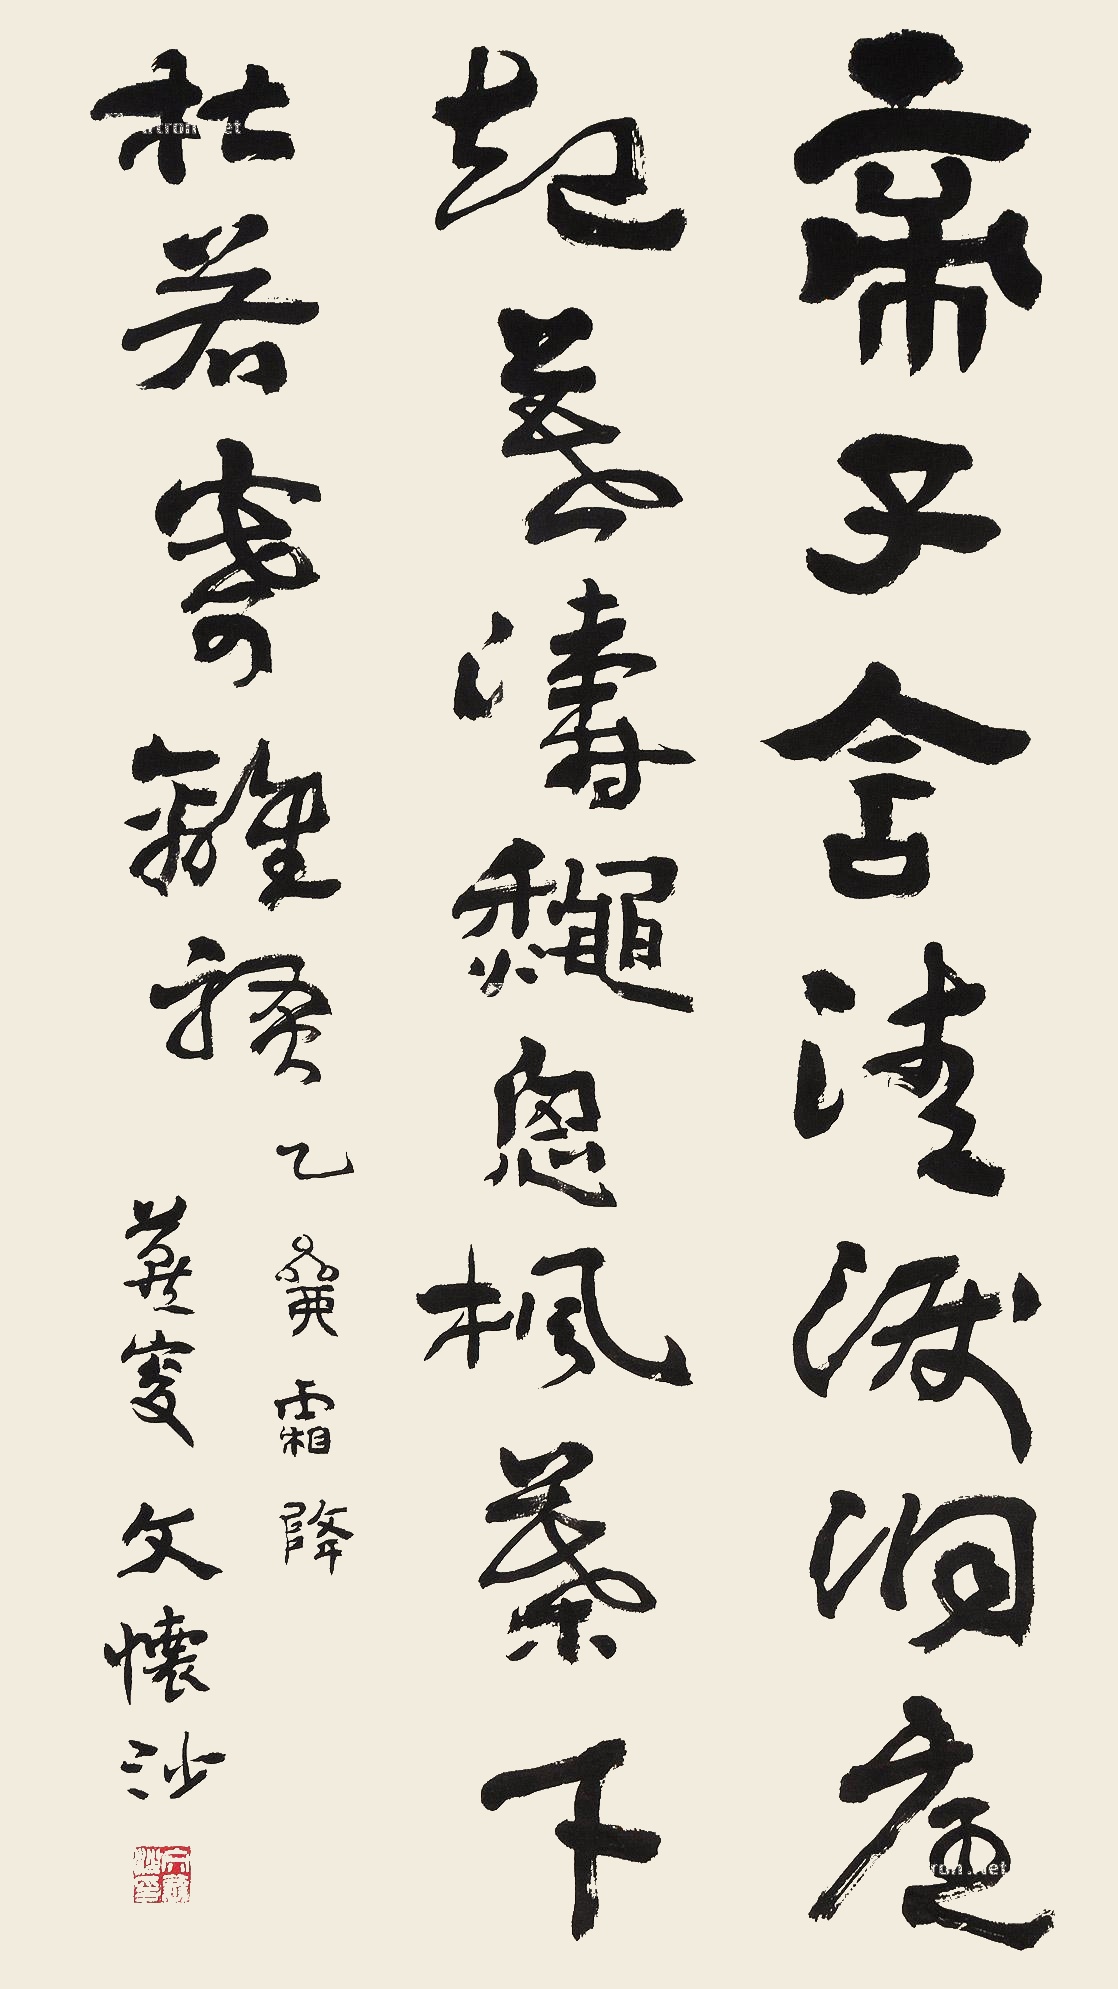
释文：帝子含清泪，洞庭起万涛。秋思枫叶下，杜若寄离骚。乙卯霜降，燕叟文怀沙。